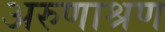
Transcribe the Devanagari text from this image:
अरुणाश्रण